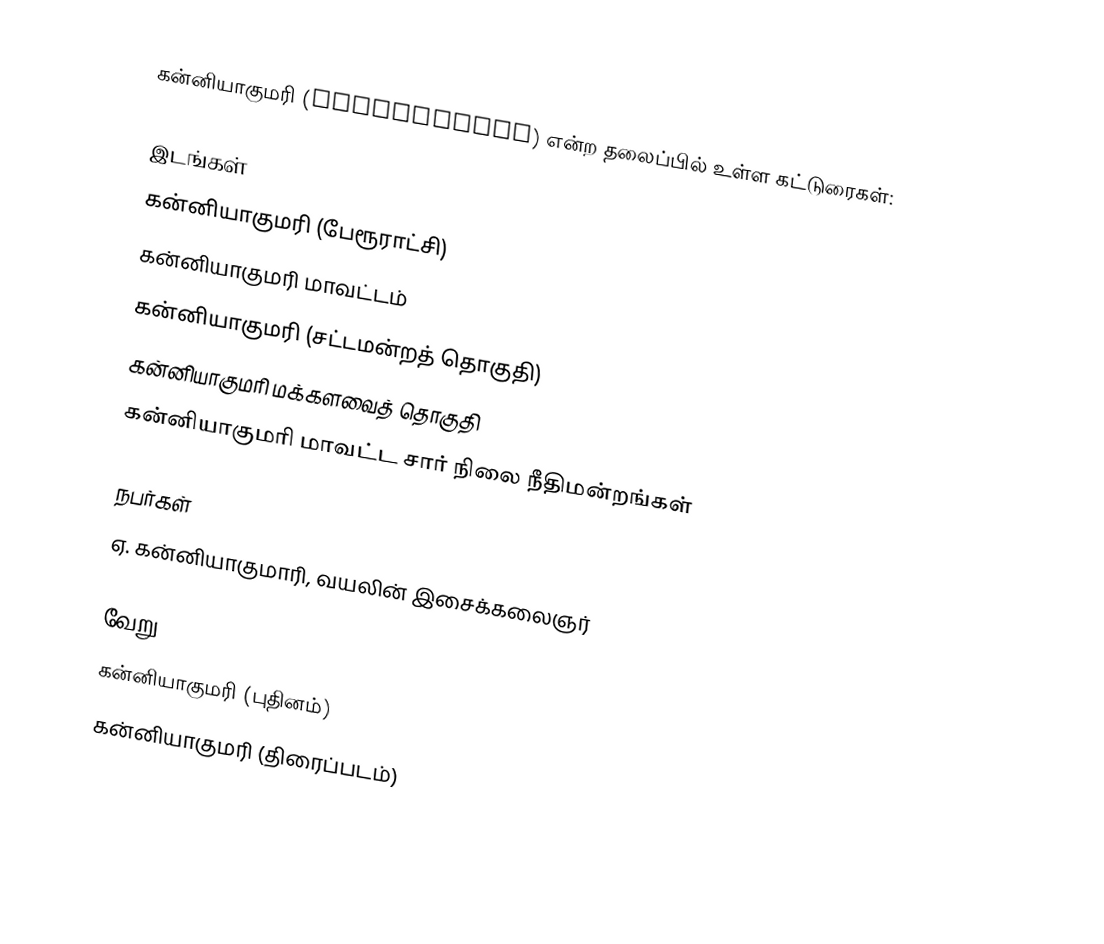
கன்னியாகுமரி (Kanyakumari) என்ற தலைப்பில் உள்ள கட்டுரைகள்:

இடங்கள்
 கன்னியாகுமரி (பேரூராட்சி)
 கன்னியாகுமரி மாவட்டம்
 கன்னியாகுமரி (சட்டமன்றத் தொகுதி)
 கன்னியாகுமரி மக்களவைத் தொகுதி
 கன்னியாகுமரி மாவட்ட சார் நிலை நீதிமன்றங்கள்

நபர்கள்
ஏ. கன்னியாகுமாரி, வயலின் இசைக்கலைஞர்

வேறு
 கன்னியாகுமரி (புதினம்)
 கன்னியாகுமரி (திரைப்படம்)